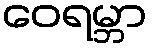
ဝေရမ္ဘာ